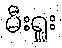
မီးရှူး